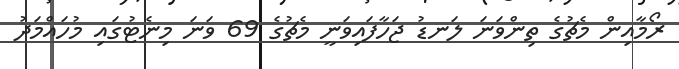
ރޯމާއިން މެޗުގެ ތިންވަނަ ލަނޑު ޖަހާފައިވަނީ މެޗުގެ 69 ވަނަ މިނެޓުގައި މުހައްމަދު